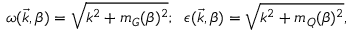
\omega ( \vec { k } , \beta ) = \sqrt { k ^ { 2 } + m _ { G } ( \beta ) ^ { 2 } } ; \; \; \epsilon ( \vec { k } , \beta ) = \sqrt { k ^ { 2 } + m _ { Q } ( \beta ) ^ { 2 } } ,